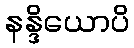
နန္ဒိယောပိ